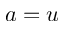
a = u